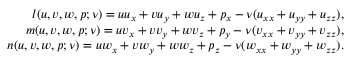
\begin{array} { r } { l ( u , v , w , p ; \nu ) = u u _ { x } + v u _ { y } + w u _ { z } + p _ { x } - \nu ( u _ { x x } + u _ { y y } + u _ { z z } ) , } \\ { m ( u , v , w , p ; \nu ) = u v _ { x } + v v _ { y } + w v _ { z } + p _ { y } - \nu ( v _ { x x } + v _ { y y } + v _ { z z } ) , } \\ { n ( u , v , w , p ; \nu ) = u w _ { x } + v w _ { y } + w w _ { z } + p _ { z } - \nu ( w _ { x x } + w _ { y y } + w _ { z z } ) . } \end{array}